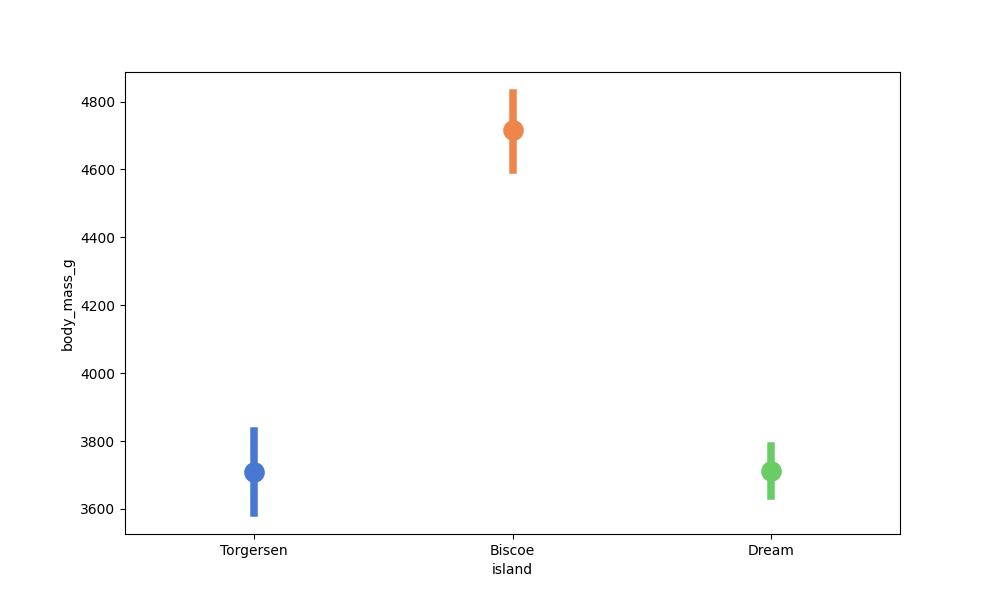
python, seaborn, pointplot, scale=2.0, join=False, hue='None', palette='muted'